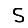
Digit: 5